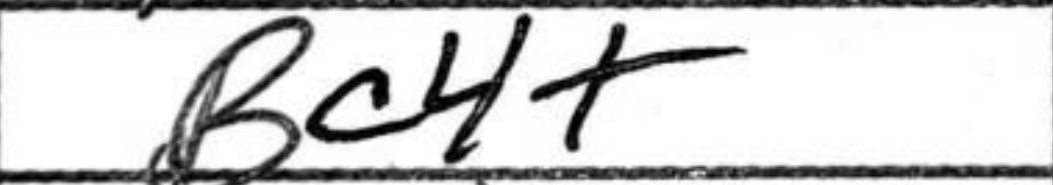
Transcription: Bc4+